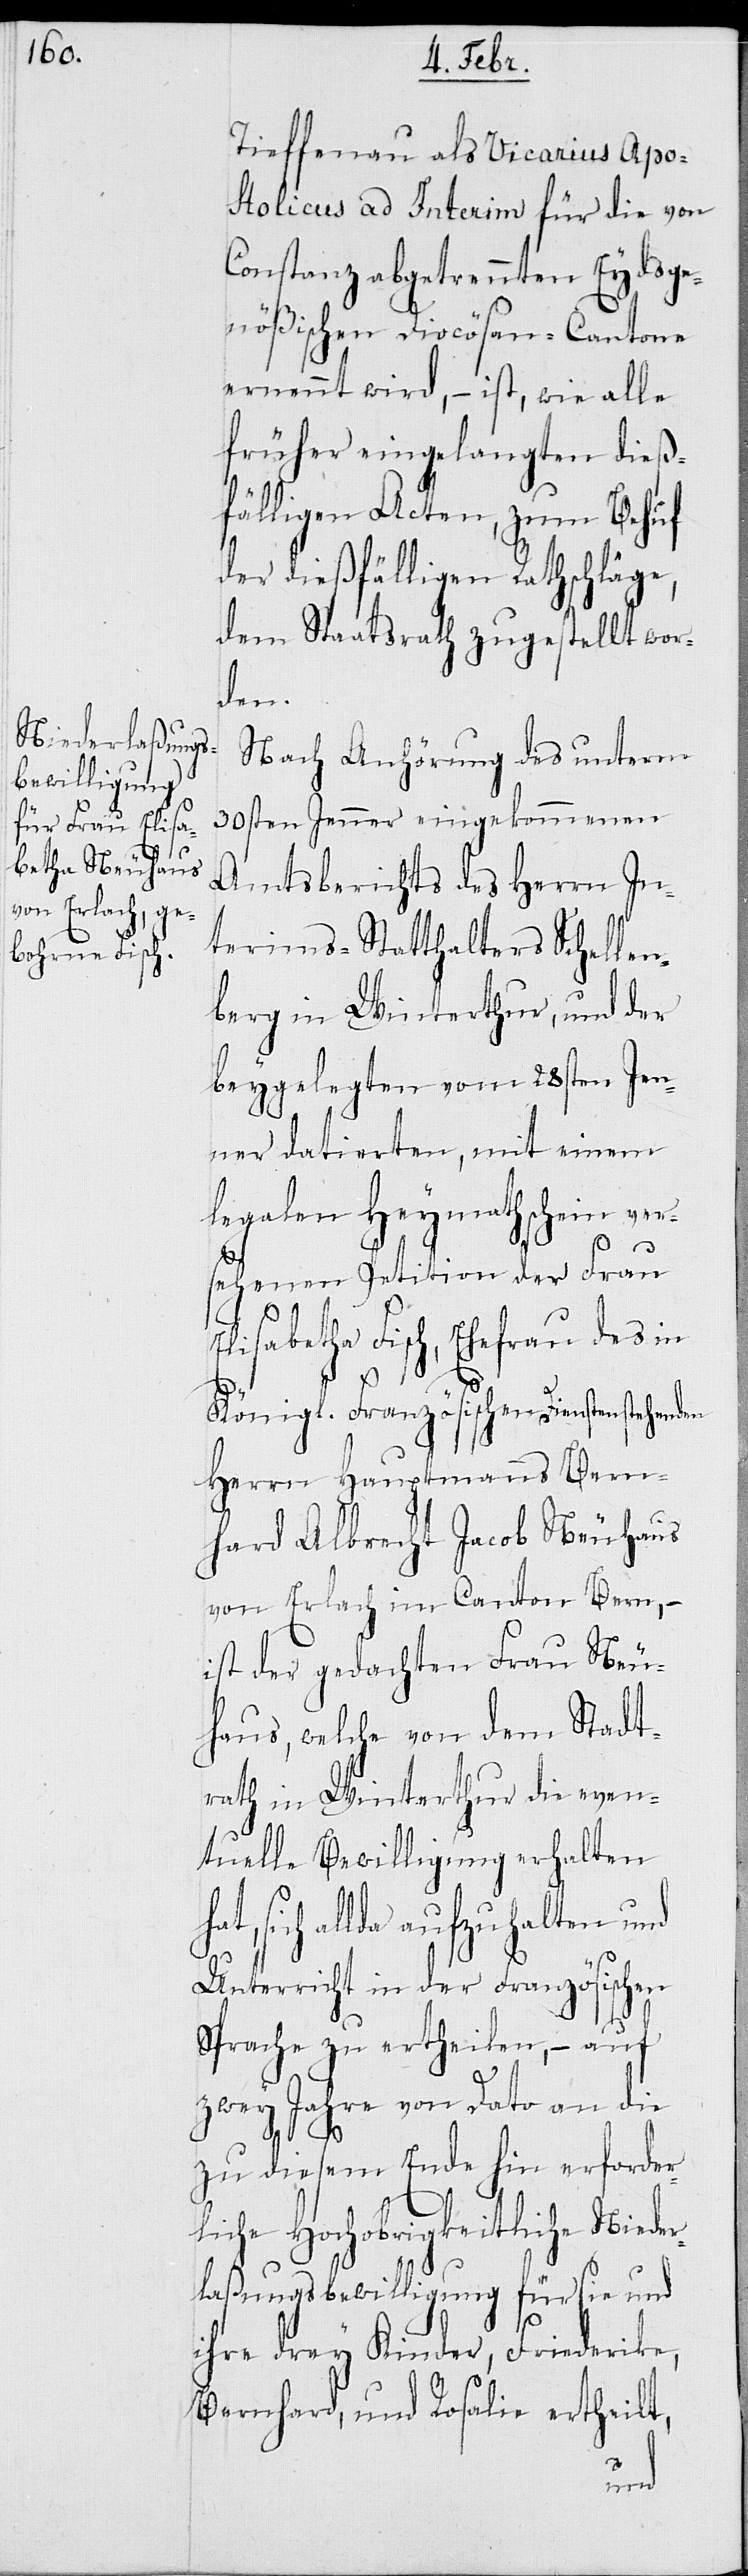
Tieffenau als Vicarius Apo¬
stolicus ad Interim für die von
Constanz abgetrennten Eydsge¬
nößischen Diocösan-Cantone
ernennt wird, – ist, wie alle
früher eingelangten dieß¬
fälligen Acten, zum Behuf
der dießfälligen Rathschläge,
dem Staatsrath zugestellt wor¬
den.
Nach Anhörung des unterm
30sten Jenner eingekommenen
Amtsberichts des Herrn In¬
terims-Statthalters Schellen¬
berg in Winterthur, und der
beygelegten vom 28sten Jen¬
ner datierten, mit einem
legalen Heymathscheyn vers¬
ehenen Petition der Frau
Elisabetha Fisch, Ehefrau des in
h¬
Königl. Französischen Diensten stehenden
Herrn Hauptmanns Bern¬
hard Albrecht Jacob Neuhaus
von Erlach im Canton Bern, –
ist der gedachten Frau Neu¬
haus, welche von dem Stadt¬
rath in Winterthur die even¬
tuelle Bewilligung erhalten
at, sich allda aufzuhalten und
Unterricht in der Französischen
Sprache zu ertheilen, – auf
zwey Jahre von Dato an die
zu diesem Ende hin erforder¬
liche Hochobrigkeitliche Nieder¬
laßungsbewilligung für sie und
ihre drey Kinder, Friederike,
Bernhard, und Rosalie ertheilt,